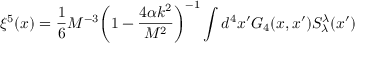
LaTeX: \xi ^ { 5 } ( x ) = \frac { 1 } { 6 } M ^ { - 3 } \bigg ( 1 - \frac { 4 \alpha k ^ { 2 } } { M ^ { 2 } } \bigg ) ^ { - 1 } \int d ^ { 4 } x ^ { \prime } G _ { 4 } ( x , x ^ { \prime } ) S _ { \lambda } ^ { \lambda } ( x ^ { \prime } )